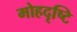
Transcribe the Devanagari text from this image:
मोहदृष्टि